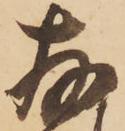
存